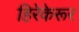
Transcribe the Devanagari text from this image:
हिरेकेरूर